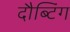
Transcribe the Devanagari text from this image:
दौब्टिंग